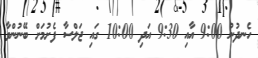
ހެނދުނު 9:00 އާއި 9:30 އަދި 10:00 ގައި ޖަލްސާ ފެށުމަށް ބޭނުންވާ